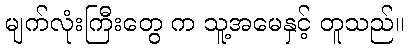
မျက်လုံးကြီးတွေ က သူ့အမေနှင့် တူသည်။